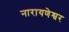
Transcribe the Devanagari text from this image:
नारायणेश्वर